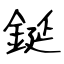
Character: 鋋